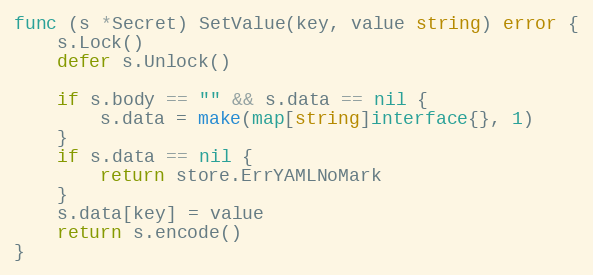
Language: Go
func (s *Secret) SetValue(key, value string) error {
	s.Lock()
	defer s.Unlock()

	if s.body == "" && s.data == nil {
		s.data = make(map[string]interface{}, 1)
	}
	if s.data == nil {
		return store.ErrYAMLNoMark
	}
	s.data[key] = value
	return s.encode()
}